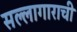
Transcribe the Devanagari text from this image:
सल्लागाराची